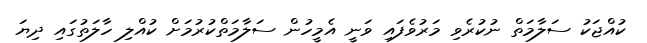
ކުއްޖަކު ސަލާމަތް ނުކުރެވި މަރުވެފައި ވަނީ އެމީހުން ސަލާމަތްކުރުމަށް ކުއްލި ހާލަތުގައި ދިޔަ